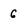
Character: 6